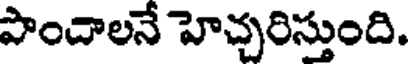
పొందాలనే హెచ్చరిస్తుంది.